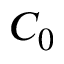
C _ { 0 }